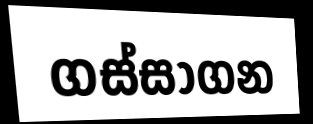
ගස්සාගන